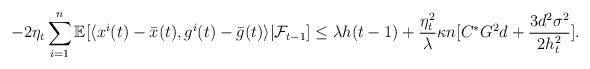
LaTeX: \begin{align*} -2\eta_{t}\sum_{i=1}^{n}\mathbb{E}[\langle x^{i}(t)-\bar{x}(t), g^{i}(t)-\bar{g}(t) \rangle|\mathcal{F}_{t-1}]&\leq \lambda h(t-1)+\frac{\eta_{t}^{2}}{\lambda}\kappa n[C^{*}G^{2}d+\frac{3d^{2}\sigma^{2}}{2h_{t}^{2}}]. \end{align*}